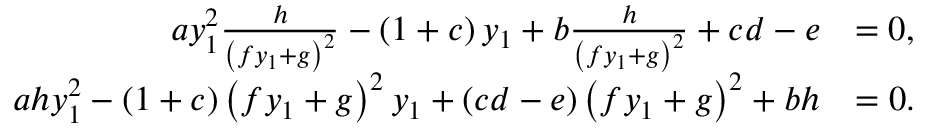
\begin{array} { r l } { a y _ { 1 } ^ { 2 } \frac { h } { \left( f y _ { 1 } + g \right) ^ { 2 } } - \left( 1 + c \right) y _ { 1 } + b \frac { h } { \left( f y _ { 1 } + g \right) ^ { 2 } } + c d - e } & { = 0 , } \\ { a h y _ { 1 } ^ { 2 } - \left( 1 + c \right) \left( f y _ { 1 } + g \right) ^ { 2 } y _ { 1 } + \left( c d - e \right) \left( f y _ { 1 } + g \right) ^ { 2 } + b h } & { = 0 . } \end{array}